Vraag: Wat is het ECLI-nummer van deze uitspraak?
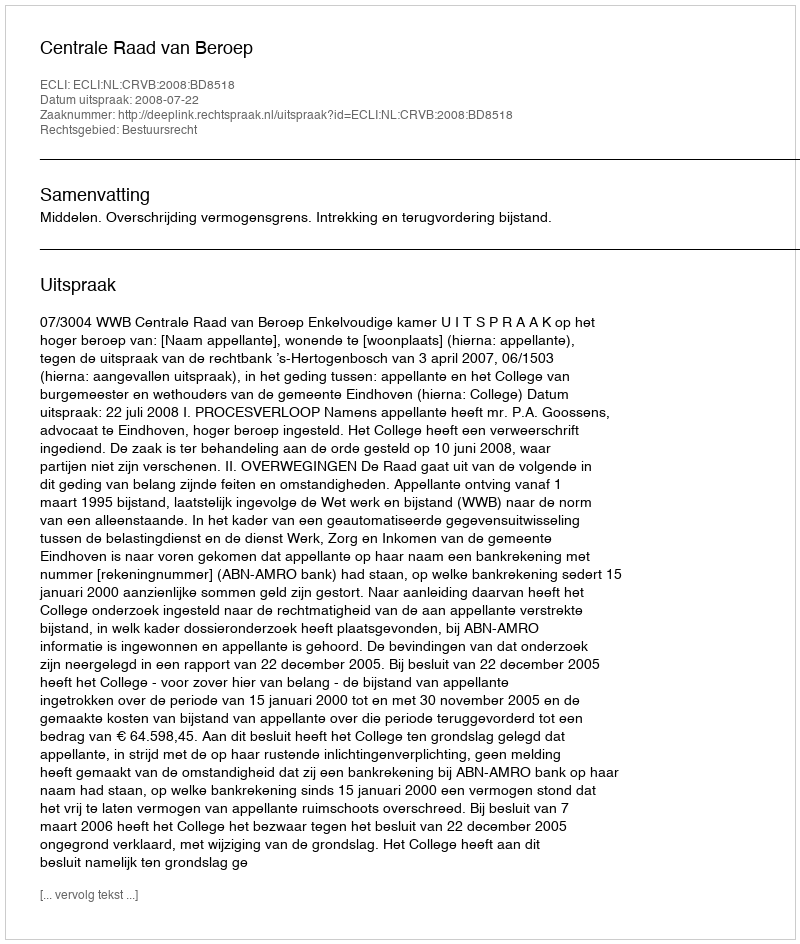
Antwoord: ECLI:NL:CRVB:2008:BD8518